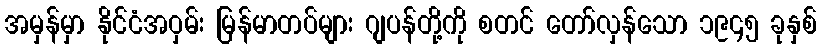
အမှန်မှာ နိုင်ငံအဝှမ်း မြန်မာတပ်များ ဂျပန်တို့ကို စတင် တော်လှန်သော ၁၉၄၅ ခုနှစ်